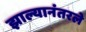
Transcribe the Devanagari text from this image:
झाल्यानंतरले